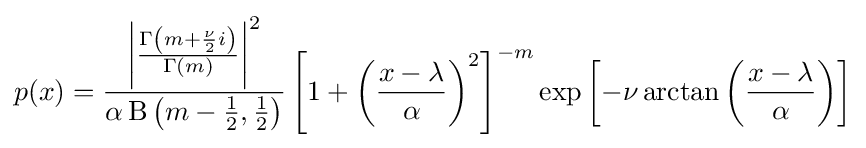
p(x)={\frac {\left|{\frac {\operatorname {\Gamma } \left(m+{\frac {\nu }{2}}i\right)}{\Gamma (m)}}\right|^{2}}{\alpha \operatorname {\mathrm {B} } \left(m-{\frac {1}{2}},{\frac {1}{2}}\right)}}\left[1+\left({\frac {x-\lambda }{\alpha }}\right)^{2}\right]^{-m}\exp \left[-\nu \arctan \left({\frac {x-\lambda }{\alpha }}\right)\right]